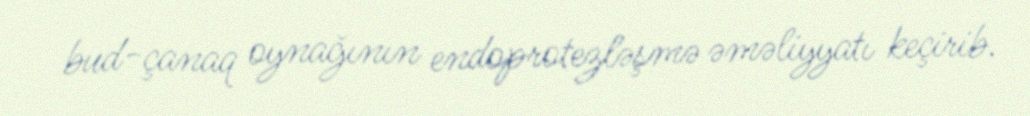
bud-çanaq oynağının endoprotezləşmə əməliyyatı keçirib.